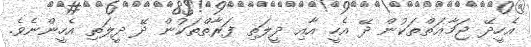
އެހީދޭ ޖަމާޢަތްތަކުން ދޭ އެހީ އާއި ދީލަތި ފަރާތްތަކުން ދޭ ދީލަތި އެހީންނެވެ.